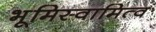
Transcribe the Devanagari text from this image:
भूमिस्वामित्व